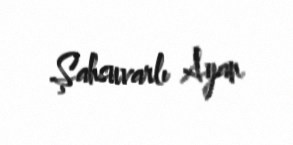
Şahsuvarlı Ayan